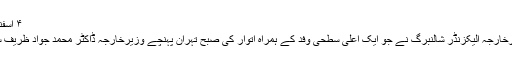
۴ اسفند ۱۳۹۸ ۲۰:۲۴
آسٹریا کے وزیرخارجہ الیکزنڈر شالنبرگ نے جو ایک اعلی سطحی وفد کے ہمراہ اتوار کی صبح تہران پہنچے وزیرخارجہ ڈاکٹر محمد جواد ظریف سے ملاقات کی۔